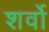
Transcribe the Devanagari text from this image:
शर्वो